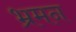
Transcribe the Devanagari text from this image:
भ्रमन